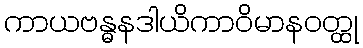
ကာယဗန္ဓနဒါယိကာဝိမာနဝတ္ထု